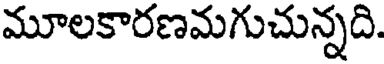
మూలకారణమగుచున్నది.